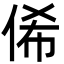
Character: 俙